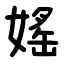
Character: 媱